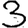
Digit: 3